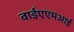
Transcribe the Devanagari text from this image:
वाईएएमआई